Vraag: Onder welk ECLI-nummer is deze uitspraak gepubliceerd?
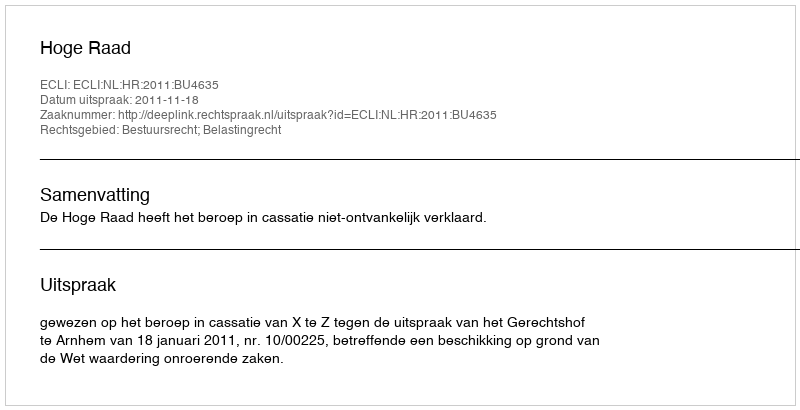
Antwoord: ECLI:NL:HR:2011:BU4635